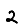
Digit: 2